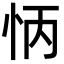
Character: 怲